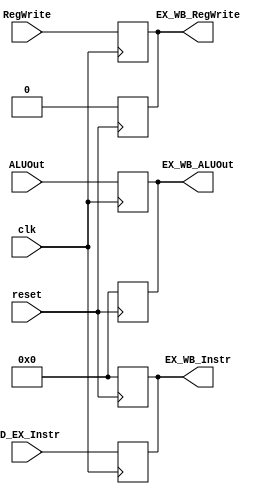
`timescale 1ns / 1ps
//////////////////////////////////////////////////////////////////////////////////
// Company: 
// Engineer: 
// 
// Design Name: 
// Module Name:    EX_WB_Reg 
// Project Name: 
// Target Devices: 
// Tool versions: 
// Description: 
//
// Dependencies: 
//
// Revision: 
// Revision 0.01 - File Created
// Additional Comments: 
//
//////////////////////////////////////////////////////////////////////////////////
module EX_WB_Reg(
    input clk,
    input reset,
	 input [7:0] ID_EX_Instr,
    input [7:0] ALUOut,
    input RegWrite,
	 output reg [7:0] EX_WB_Instr,
    output reg [7:0] EX_WB_ALUOut,
    output reg EX_WB_RegWrite
    );

always@(negedge reset)
begin
	EX_WB_Instr <= 0;
	EX_WB_ALUOut <= 0;
	EX_WB_RegWrite <= 0;
end

always@(posedge clk)
begin
	EX_WB_Instr <= ID_EX_Instr;
	EX_WB_ALUOut <= ALUOut;
	EX_WB_RegWrite <= RegWrite;
end

endmodule